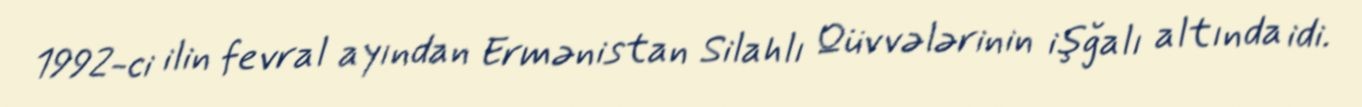
1992-ci ilin fevral ayından Ermənistan Silahlı Qüvvələrinin işğalı altında idi.